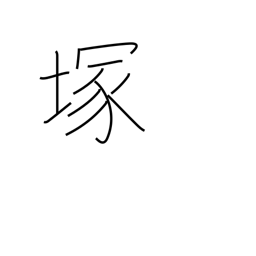
Meaning: mound